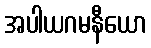
အပါယဂမနီယော